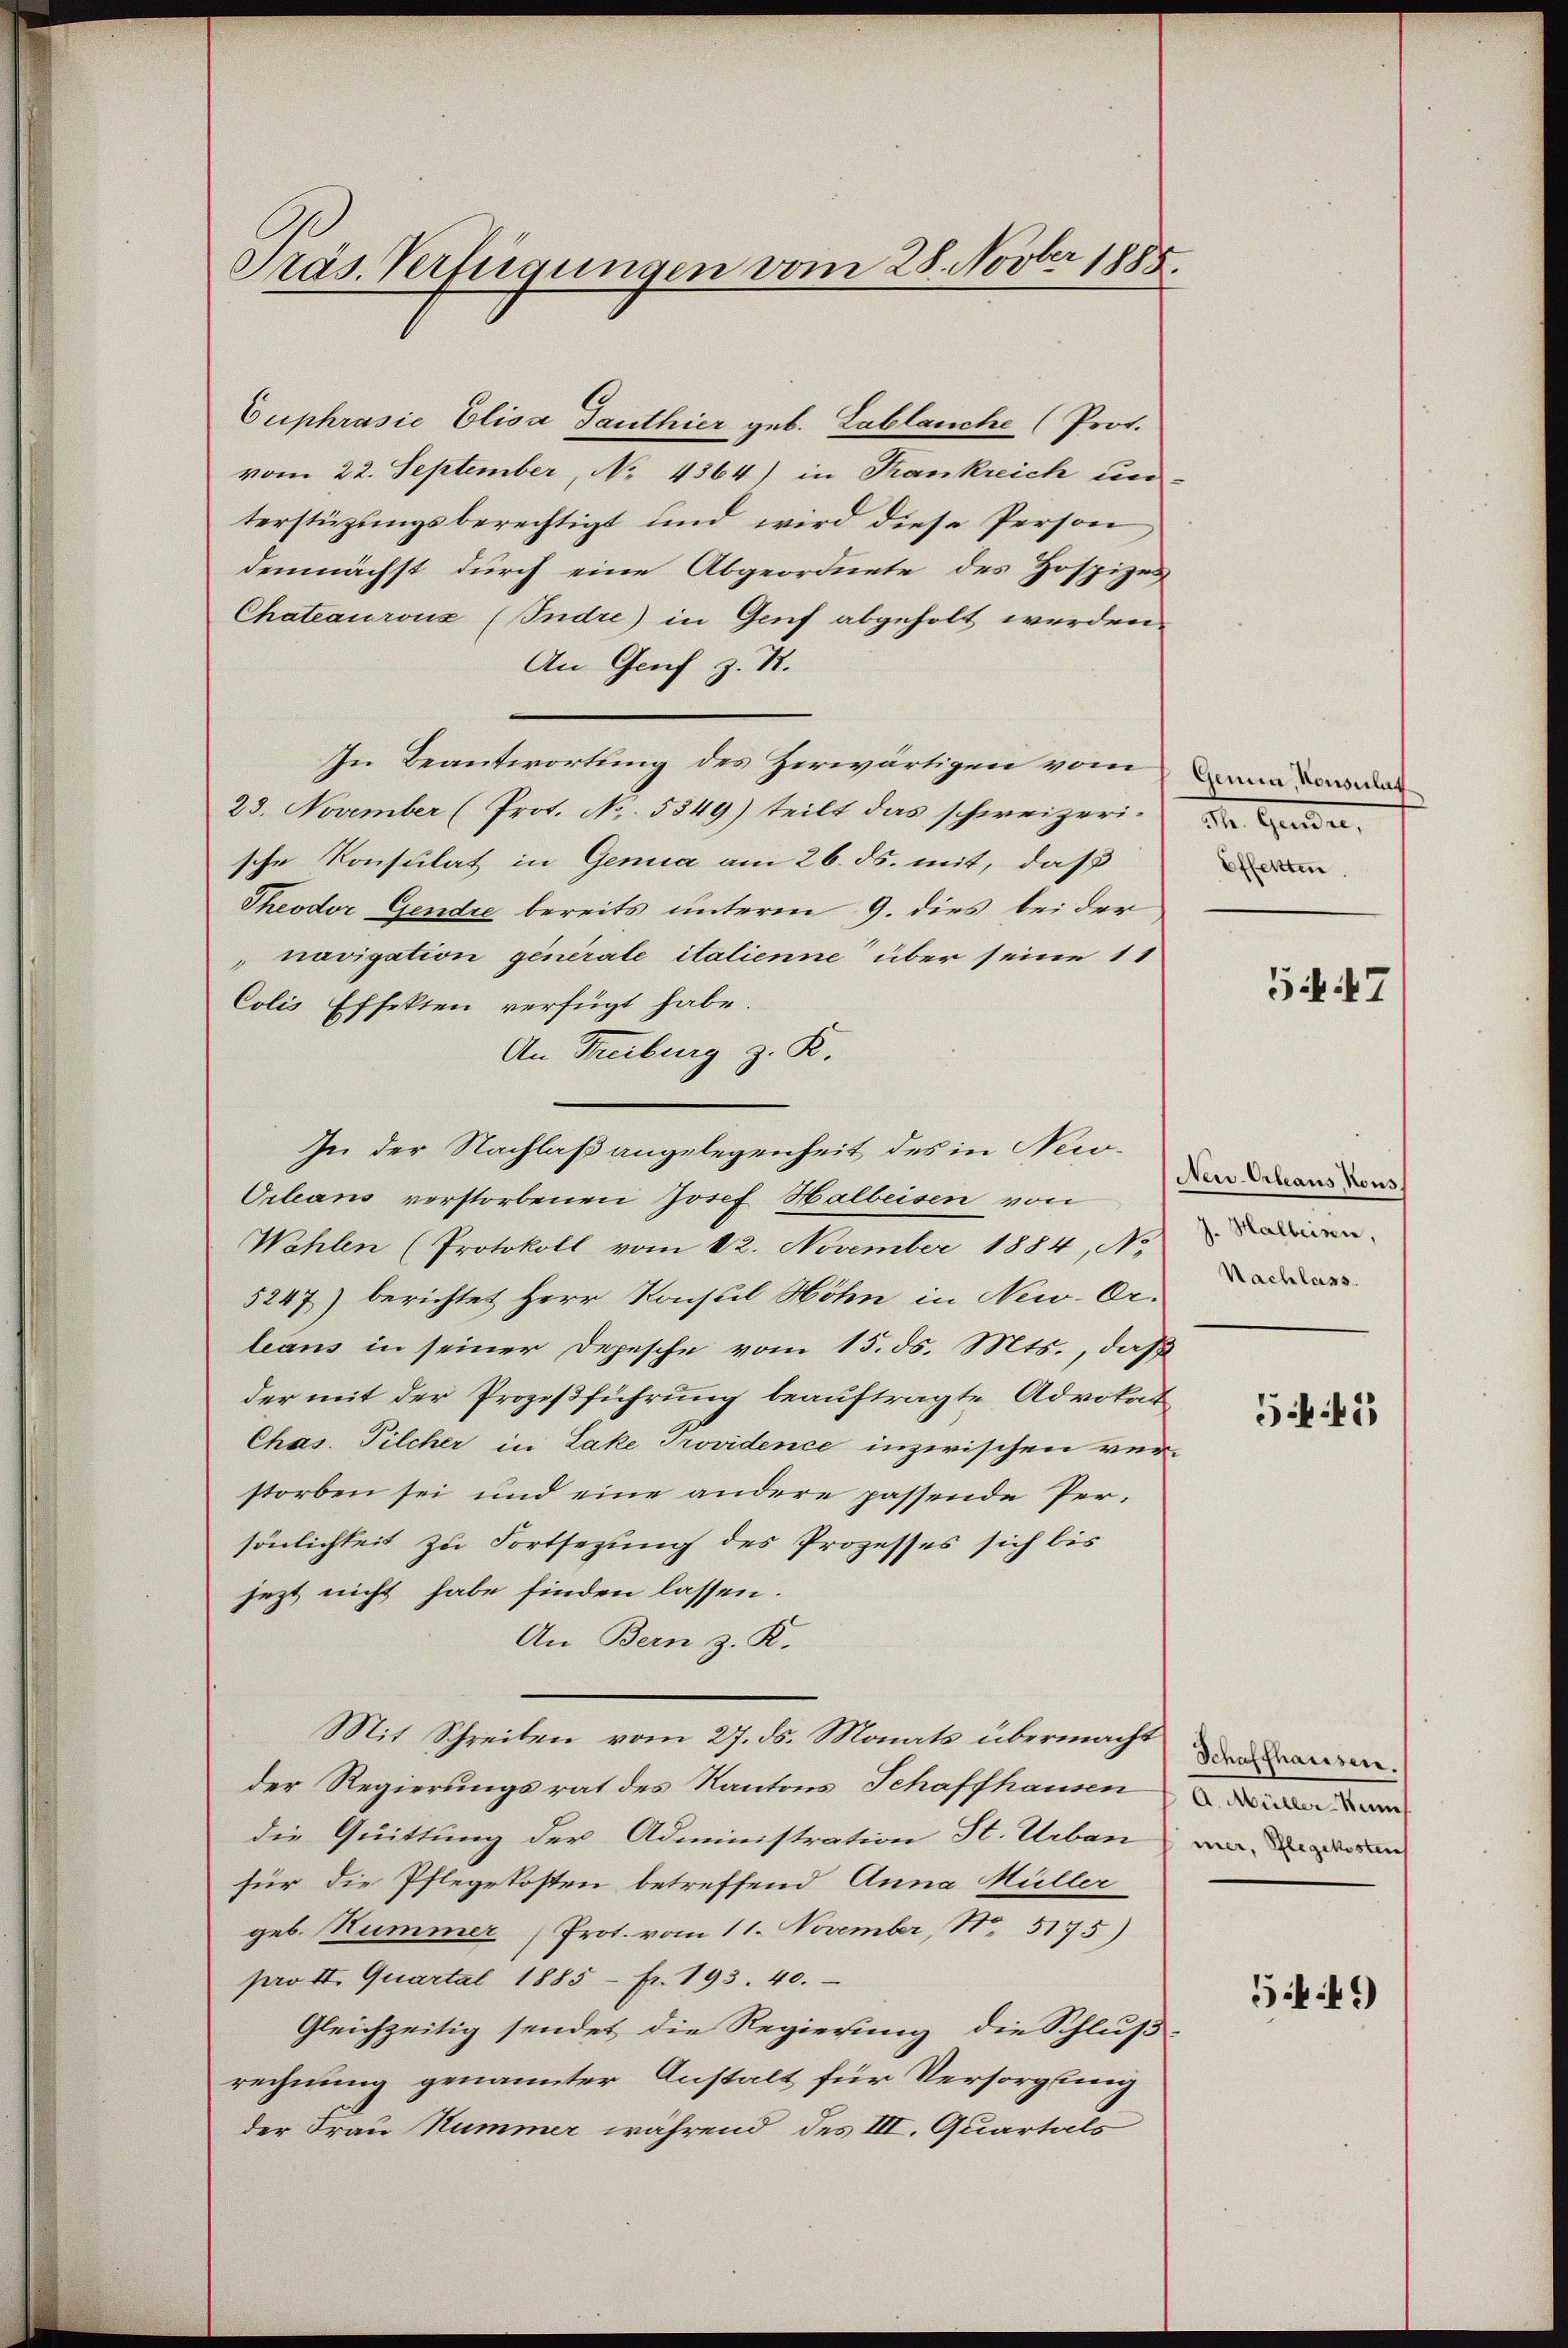
Präs. Verfügungen vom 28. Novber 1885.

Euphrasie Elisa Danthier geb. Lablauche (Prot.
vom 22. September, No 4364) in Krankreich un
terstüzungsberechtigt und wird diese Person
demnächst durch eine Abgeordnete des Hospizes
Chateaurons (Indre) in Genf abgeholt werden.
An Genf z. R.
In Beantwortung des Zerwärtigen vom
23. November (Prot. No. 5349) teilt das schweizerische Konsulat in Genua am 26. ds. mit, daß
Theodor Gendre bereits unterm 9. dies bei der
"navigation generale italienne über seine 11
Colis Effekten verfügt habe.
An Freiburg z. R.
In der Nachlaß angelegenheit des in New-
Orleans verstorbenen Josef Halbeisen von
Wahlen (Protokoll vom 12. November 1884, No
5247) berichtet Herr Konsul Höhn in New-Or.
leans in seiner Depesche vom 15. ds. Mts., daß
der mit der Prozeßführung beauftragte Advokat¬
Chas. Pilcher in Lake Providence inzwischen verstorben sei und eine andere passende Persönlichkeit zu Fortsezung des Prozesses sich bis
jezt nicht habe finden lassen.
An Bern z. K.
Mit Schreiben vom 27. d. Monats übermacht ane
der Regierungsrat des Kantons Schaffhausen
die Quittung der Administration St. Urban
für die Pflegekosten betreffend Anna Müller
geb. Hummer (Prot. vom 11. November, No. 5175)
pro II. Quartal 1885 - fr. 193. 40.
Gleichzeitig sendet die Regierung die Schluß-
rechnung genannter Anstalt für Versorgung
der Frau Nummer während des III. Quartals

Genua, Konsulat
St. Grunden,
Effetten

547

Neu-Orleans Kons
J. Halleisen,
Nachlass.

545

A. Müller Kune
mer, Pflegekosten

54)